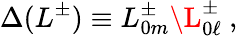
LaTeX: \Delta(L^{\pm})\equiv L_{0m}^{\pm}\L_{0\ell}^{\pm}\ ,